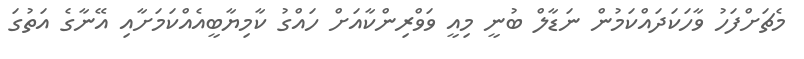
މެޗަށްފަހު ވާހަކަދައްކަމުން ނަޑާލް ބުނީ މިއީ ވަވްރިންކާއަށް ހައްގު ކާމިޔާބީއެއްކަމަށާއި އޭނާގެ އަތުގަ